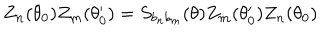
LaTeX: Z _ { n } ( \theta _ { 0 } ) Z _ { m } ( \theta _ { 0 } ^ { \prime } ) = S _ { b _ { n } b _ { m } } ( \theta ) Z _ { m } ( \theta _ { 0 } ^ { \prime } ) Z _ { n } ( \theta _ { 0 } )